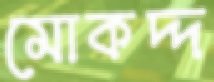
মোকদ্দ